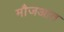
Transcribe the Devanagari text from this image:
मौजआत